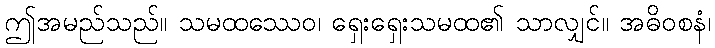
ဤအမည်သည်။ သမထဿေဝ၊ ရှေးရှေးသမထ၏ သာလျှင်။ အဓိဝစနံ၊